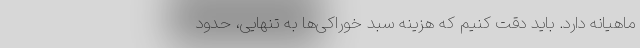
ماهیانه دارد. باید دقت کنیم که هزینه سبد خوراکی‌ها به تنهایی، حدود